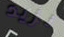
نزيد